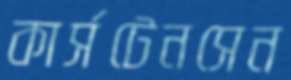
কার্সটেনসেন